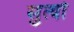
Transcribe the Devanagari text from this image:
सुत्यो